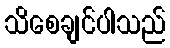
သိစေချင်ပါသည်